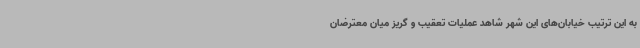
به این ترتیب خیابان‌های این شهر شاهد عملیات تعقیب و گریز میان معترضان